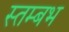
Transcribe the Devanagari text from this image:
स्तम्बभ